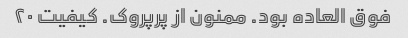
فوق العاده بود. ممنون از پرپروک. کیفیت ۲۰